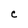
Character: C